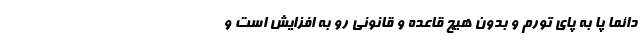
دائما پا به پای تورم و بدون هیچ قاعده و قانونی رو به افزایش است و